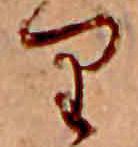
り